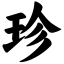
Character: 珍